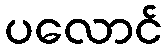
ပလောင်